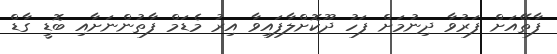
ފާތޭއަށް ފަރުވާ ދިނުމަށް ފަހު ދޫކޮށްލާފައިވާ އިރު މެޑަމް ފާތުންނަށާއި ބޮޑީ ގާޑް